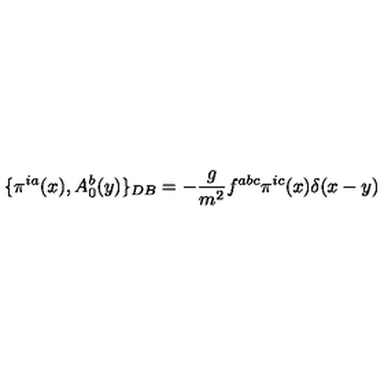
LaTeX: \{ \pi ^ { i a } ( x ) , A _ { 0 } ^ { b } ( y ) \} _ { D B } = - \frac { g } { m ^ { 2 } } f ^ { a b c } \pi ^ { i c } ( x ) \delta ( x - y ) \nonumber